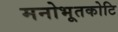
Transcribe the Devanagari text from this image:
मनोभूतकोटि